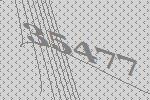
35477